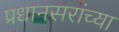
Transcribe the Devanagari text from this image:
प्रधानसरांच्या